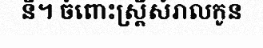
នី។ ចំពោះស្ត្រីសំរាលកូន